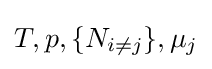
T,p,\{N_{i\neq j}\},\mu _{j}